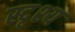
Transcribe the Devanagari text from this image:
स्दृश्य